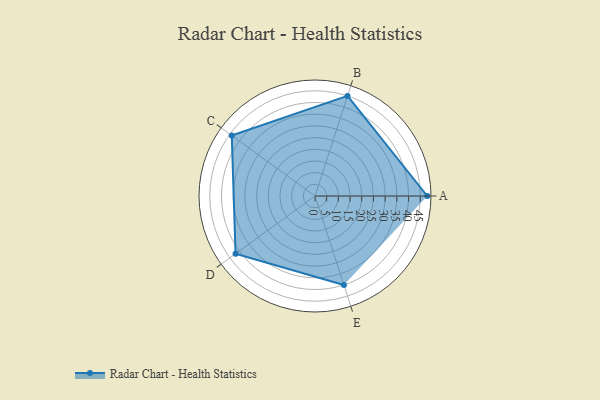
{"axis": {"x": "Skill", "y": "Score"}, "legend": ["Profile"], "data": [{"x": "A", "y": 48.0, "type": "Profile"}, {"x": "B", "y": 45.0, "type": "Profile"}, {"x": "C", "y": 44.0, "type": "Profile"}, {"x": "D", "y": 42.0, "type": "Profile"}, {"x": "E", "y": 40.0, "type": "Profile"}]}